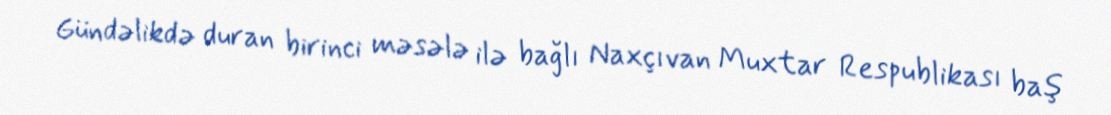
Gündəlikdə duran birinci məsələ ilə bağlı Naxçıvan Muxtar Respublikası baş